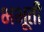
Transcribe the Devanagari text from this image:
भभूती